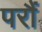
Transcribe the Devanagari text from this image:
परौं